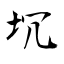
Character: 坈